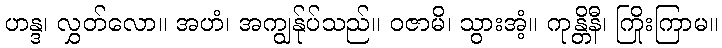
ဟန္ဒ၊ လွှတ်လော။ အဟံ၊ အကျွန်ုပ်သည်။ ဝဇာမိ၊ သွားအံ့။ ကုန္တိနီ၊ ကြိုးကြာမ။